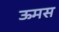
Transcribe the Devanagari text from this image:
ऊमस